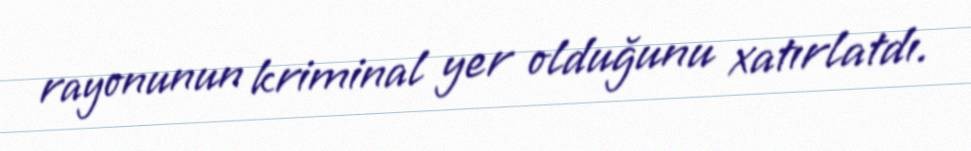
rayonunun kriminal yer olduğunu xatırlatdı.